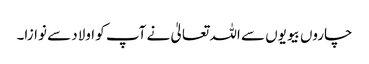
چاروں بیویوں سے اللہ تعالیٰ نے آپ کو اولاد سے نوازا۔